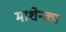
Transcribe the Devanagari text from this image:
माशेन्का